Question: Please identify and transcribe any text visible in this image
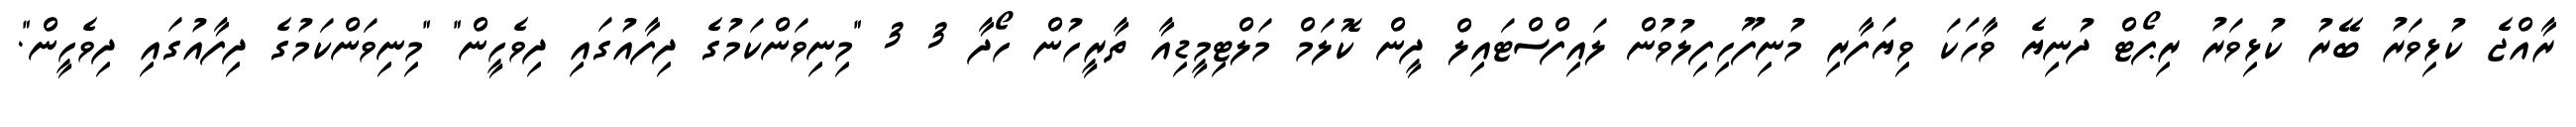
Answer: ރާއްޖެ ކުޅިވަރު ބޭރު ކުޅިވަރު ރިޕޯޓް ދުނިޔެ ވާހަކަ ވިޔަފާރި މުނިފޫހިފިލުވުން ލައިފްސްޓައިލް ދީން ކޮލަމް މަލްޓިމީޑިއާ ތާރީހުން ހޯދާ 3 3 "މިނިވަންކަމުގެ ދިފާއުގައި ދިވެހީން" "މިނިވަންކަމުގެ ދިފާއުގައި ދިވެހީން".